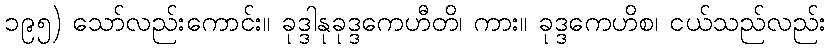
၁၉၅) သော်လည်းကောင်း။ ခုဒ္ဒါနုခုဒ္ဒကေဟီတိ၊ ကား။ ခုဒ္ဒကေဟိစ၊ ငယ်သည်လည်း